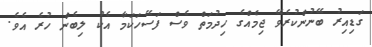
ގަޑިއިރު ބޭނުންކުރެވޭ ޖިމެއްގެ ހިދުމަތް ވެސް ފަސޭހަކަމާ އެކު ލިބެން ހުރެ އެވެ.